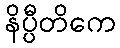
နိပ္ပီတိကေ